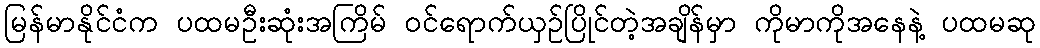
မြန်မာနိုင်ငံက ပထမဦးဆုံးအကြိမ် ဝင်ရောက်ယှဉ်ပြိုင်တဲ့အချိန်မှာ ကိုမာကိုအနေနဲ့ ပထမဆု